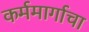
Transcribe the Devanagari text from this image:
कर्ममार्गाचा